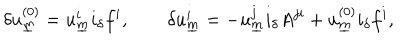
\delta u _ { \underline { { { m } } } } ^ { ( 0 ) } = u _ { \underline { { { m } } } } ^ { i } i _ { \delta } f ^ { i } , \qquad \delta u _ { \underline { { { m } } } } ^ { i } = - u _ { \underline { { { m } } } } ^ { j } i _ { \delta } A ^ { j i } + u _ { \underline { { { m } } } } ^ { ( 0 ) } i _ { \delta } f ^ { i } ,